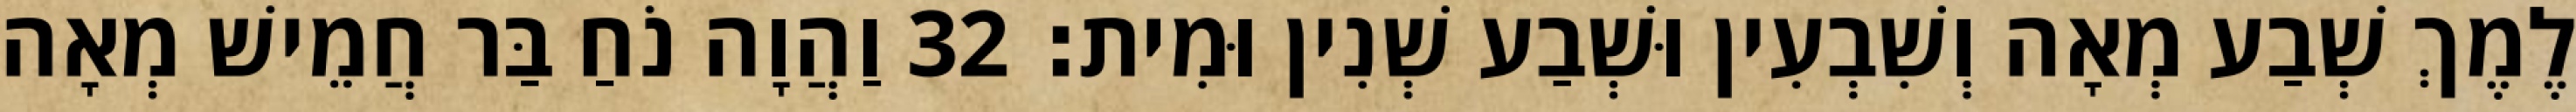
לֶמֶךְ שְׁבַע מְאָה וְשִׁבְעִין וּשְׁבַע שְׁנִין וּמִית׃ 32 וַהֲוָה נֹחַ בַּר חֲמֵישׁ מְאָה